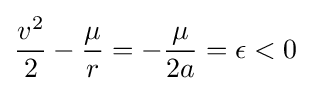
{v^{2} \over {2}}-{\mu  \over {r}}=-{\mu  \over {2a}}=\epsilon <0